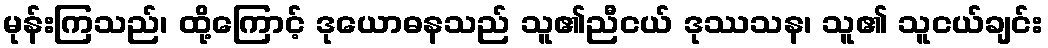
မုန်းကြသည်၊ ထို့ကြောင့် ဒုယောဓနသည် သူ၏ညီငယ် ဒုဿသန၊ သူ၏ သူငယ်ချင်း